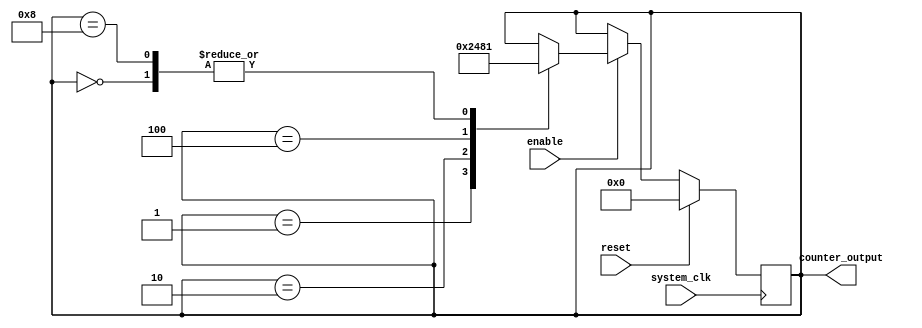
module Johnson_counter_clock_divider (
    input wire system_clk,
    input wire reset,
    input wire enable,
    
    output reg [3:0] counter_output
);

reg [3:0] counter_reg;

always @(posedge system_clk) begin
    if (reset) begin
        counter_reg <= 4'b0000;
    end else if (enable) begin
        case (counter_reg)
            4'b0000: counter_reg <= 4'b0001;
            4'b0001: counter_reg <= 4'b0010;
            4'b0010: counter_reg <= 4'b0100;
            4'b0100: counter_reg <= 4'b1000;
            4'b1000: counter_reg <= 4'b0001;
        endcase
    end
end

assign counter_output = counter_reg;

endmodule